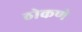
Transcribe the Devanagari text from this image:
ठोकणे